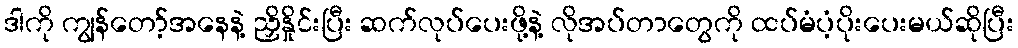
ဒါကို ကျွန်တော့်အနေနဲ့ ညှိနှိုင်းပြီး ဆက်လုပ်ပေးဖို့နဲ့ လိုအပ်တာတွေကို ထပ်မံပံ့ပိုးပေးမယ်ဆိုပြီး